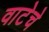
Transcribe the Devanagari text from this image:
वाटेचे